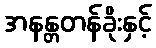
အနန္တတန်ခိုးနှင့်